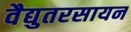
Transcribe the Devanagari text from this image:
वैद्युतरसायन